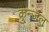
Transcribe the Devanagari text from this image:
कुन्जल